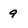
Character: 9